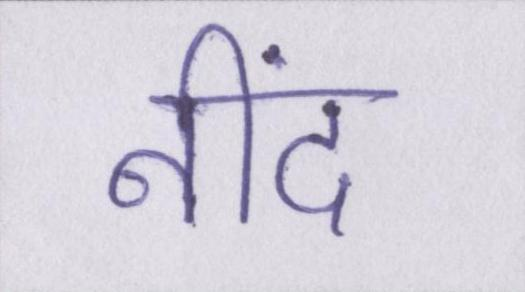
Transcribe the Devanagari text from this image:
नींद